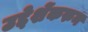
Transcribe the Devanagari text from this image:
उद्देशेंकरुन